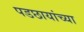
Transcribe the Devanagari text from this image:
पडछायांच्या